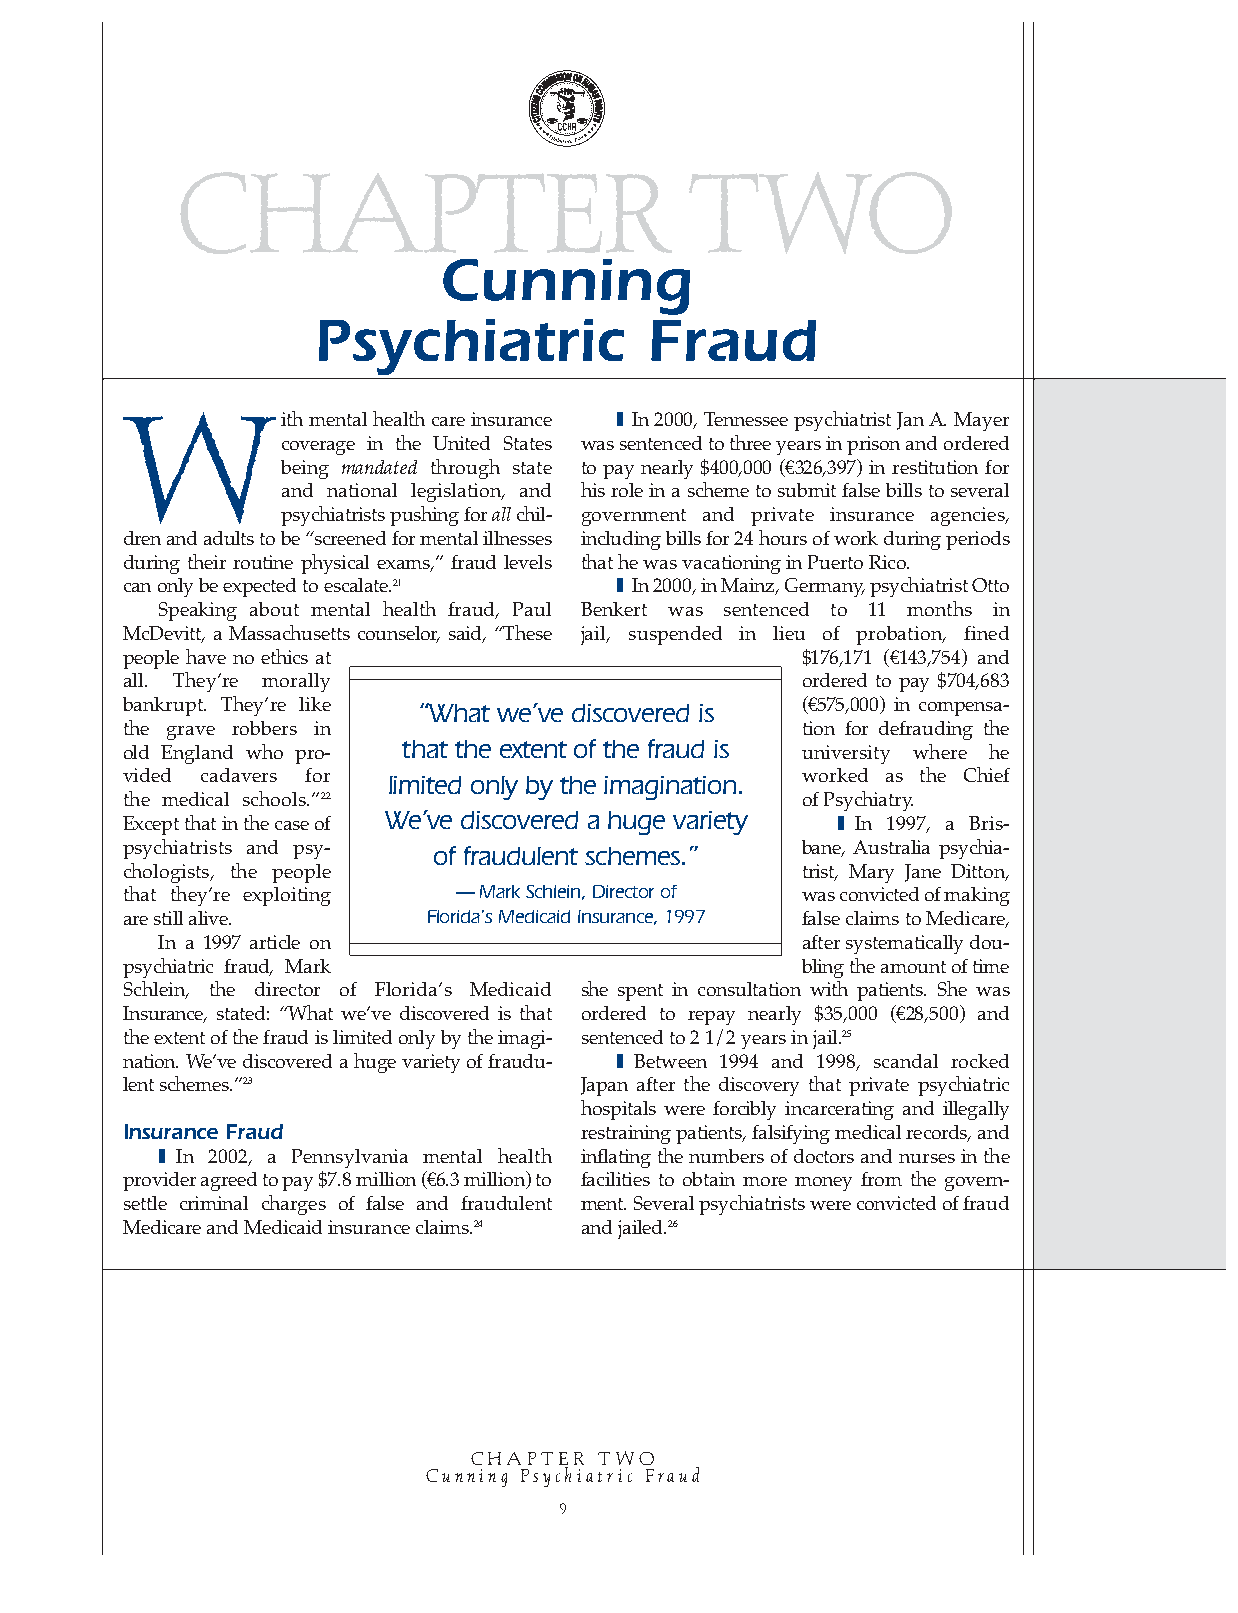
CHAPTER                           TWO
 Cunning
 Psychiatric           Fraud
 With        mental health care insurance ❚ In 2000, Tennessee psychiatrist Jan A. Mayer
 coverage in the United States was sentenced to three years in prison and ordered
 being mandated through state to pay nearly $400,000 (€326,397) in restitution for
 and national legislation, and his role in a scheme to submit false bills to several
 psychiatrists pushing for allchil- government and private insurance agencies,
 dren and adults to be “screened for mental illnesses including bills for 24 hours of work during periods
 during their routine physical exams,” fraud levels that he was vacationing in Puerto Rico.
 can only be expected to escalate.21 ❚ In 2000, in Mainz, Germany, psychiatrist Otto
 Speaking about mental health fraud, Paul Benkert was sentenced to 11 months in
 McDevitt, a Massachusetts counselor, said, “These jail, suspended in lieu of probation, fined
 people have no ethics at                     $176,171 (€143,754) and
 all. They’re morally                         ordered to pay $704,683
 bankrupt. They’re like “What we’ve discovered is (€575,000) in compensa-
 the grave robbers in                         tion for defrauding the
 that the extent of the fraud is
 old England who pro-                         university where he
 vided cadavers for limited only by the imagination. worked as the Chief
 the medical schools.”22                      of Psychiatry.
 Except that in the case of We’ve discovered a huge variety ❚ In 1997, a Bris-
 psychiatrists and psy- of fraudulent schemes.” bane, Australia psychia-
 chologists, the people                       trist, Mary Jane Ditton,
 that they’re exploiting — Mark Schlein, Director of was convicted of making
 are still alive.    Florida’s Medicaid Insurance, 1997 false claims to Medicare,
 In a 1997 article on                       after systematically dou-
 psychiatric fraud, Mark                      bling the amount of time
 Schlein, the director of Florida’s Medicaid she spent in consultation with patients. She was
 Insurance, stated: “What we’ve discovered is that ordered to repay nearly $35,000 (€28,500) and
 the extent of the fraud is limited only by the imagi- sentenced to 2 1/2 years in jail.25
 nation. We’ve discovered a huge variety of fraudu- ❚ Between 1994 and 1998, scandal rocked
 lent schemes.”23              Japan after the discovery that private psychiatric
 hospitals were forcibly incarcerating and illegally
 Insurance Fraud               restraining patients, falsifying medical records, and
 ❚ In 2002, a Pennsylvania mental health inflating the numbers of doctors and nurses in the
 provider agreed to pay $7.8 million (€6.3 million) to facilities to obtain more money from the govern-
 settle criminal charges of false and fraudulent ment. Several psychiatrists were convicted of fraud
 Medicare and Medicaid insurance claims.24 and jailed.26
 CHAPTER  TWO
 Cunning Psychiatric Fraud
 9